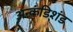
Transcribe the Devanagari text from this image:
अन्कंडिशंड